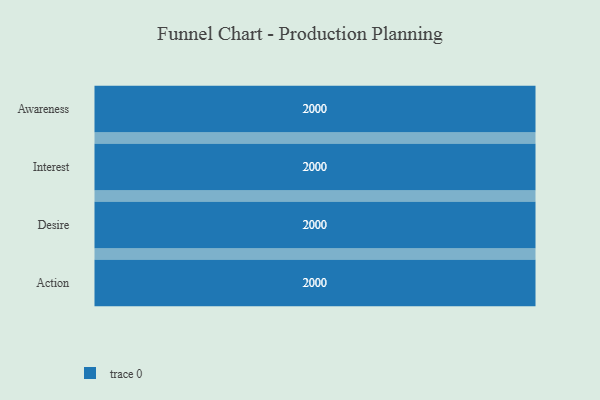
{"axis": {"x": "Stage", "y": "Value"}, "legend": [""], "data": [{"x": "Awareness", "y": 2000, "type": ""}, {"x": "Interest", "y": 2000, "type": ""}, {"x": "Desire", "y": 2000, "type": ""}, {"x": "Action", "y": 2000, "type": ""}]}